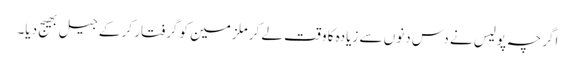
اگرچہ پولیس نے دس دنوں سے زیادہ کا وقت لے کر ملزمین کو گرفتار کر کے جیل بھیج دیا۔